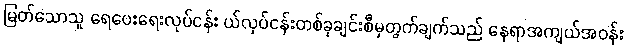
မြတ်သောသူ ရေပေးရေးလုပ်ငန်း ယ်လုပ်ငန်းတစ်ခုချင်းစီမှတွက်ချက်သည် နေရာအကျယ်အဝန်း